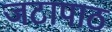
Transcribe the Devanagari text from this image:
जटापाठ